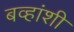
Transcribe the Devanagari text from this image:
बव्हांशी